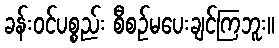
ခန်းဝင်ပစ္စည်း စီစဉ်မပေးချင်ကြဘူး။